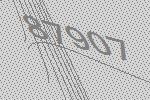
87907